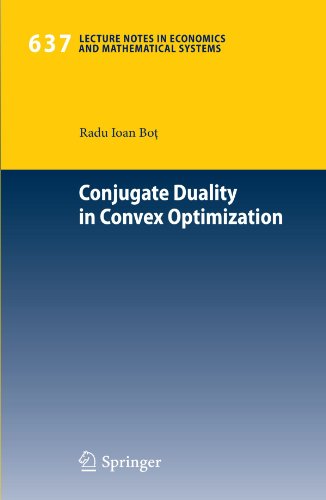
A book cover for Conjugate Duality in Convex Optimization (Lecture Notes in Economics and Mathematical Systems); Radu Ioan-Bot; Science & Math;